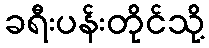
ခရီးပန်းတိုင်သို့